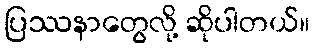
ပြဿနာတွေလို့ ဆိုပါတယ်။